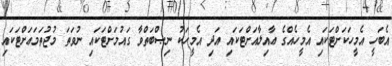
އެބަހީ އެމީހަކަށްޓަކައި އެމީހެއްގެ ޢާއިލާއަށްޓަކައި އަދި އެމީހަކު ނިޞްބަތްވާ ގައުމަށްޓަކައި ނުވަތަ މުޖުތަމަޢަށްޓަކައި